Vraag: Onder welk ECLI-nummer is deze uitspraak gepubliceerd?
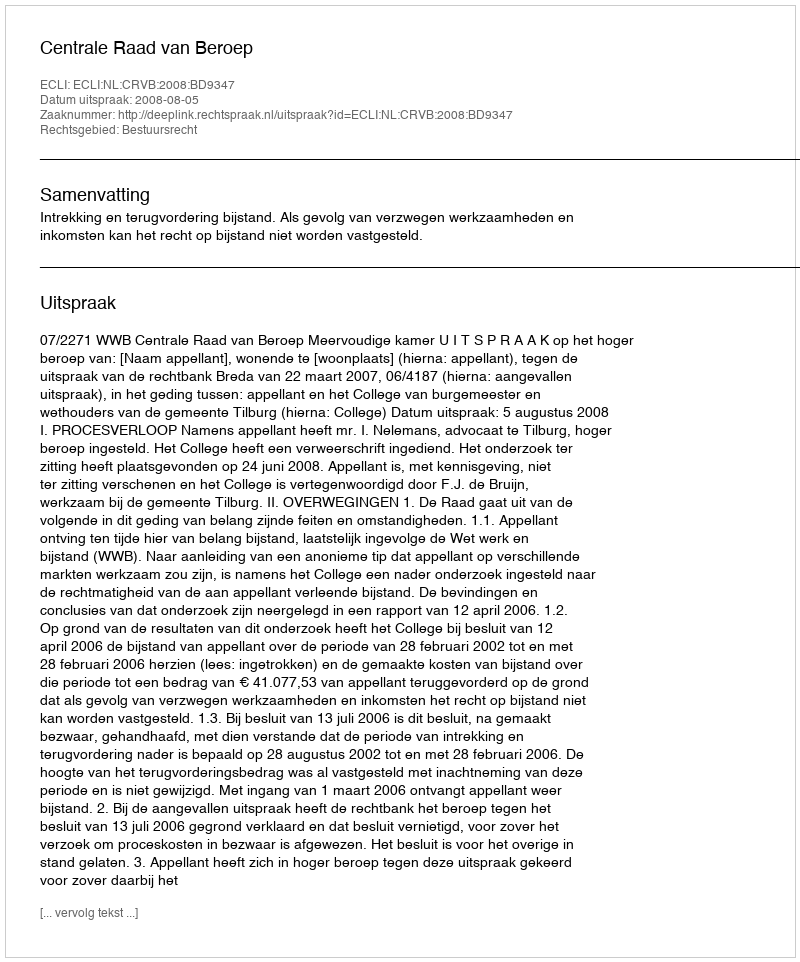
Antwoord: ECLI:NL:CRVB:2008:BD9347